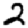
Digit: 2